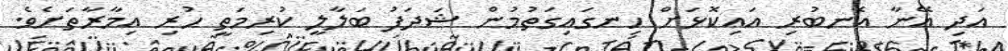
އަދި އޭނާ އެނބުރި އައިކޮޅަށް ހިނގައިގަތުމުން ޝަދަފު ބަލާލީ ކުރިމަތީ ހުރި އިމާރާތަށެވެ.